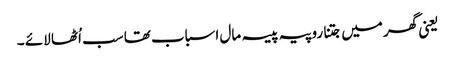
یعنی گھر میں جتنا روپیہ پیسہ مال اسباب تھا سب اُٹھا لائے ۔